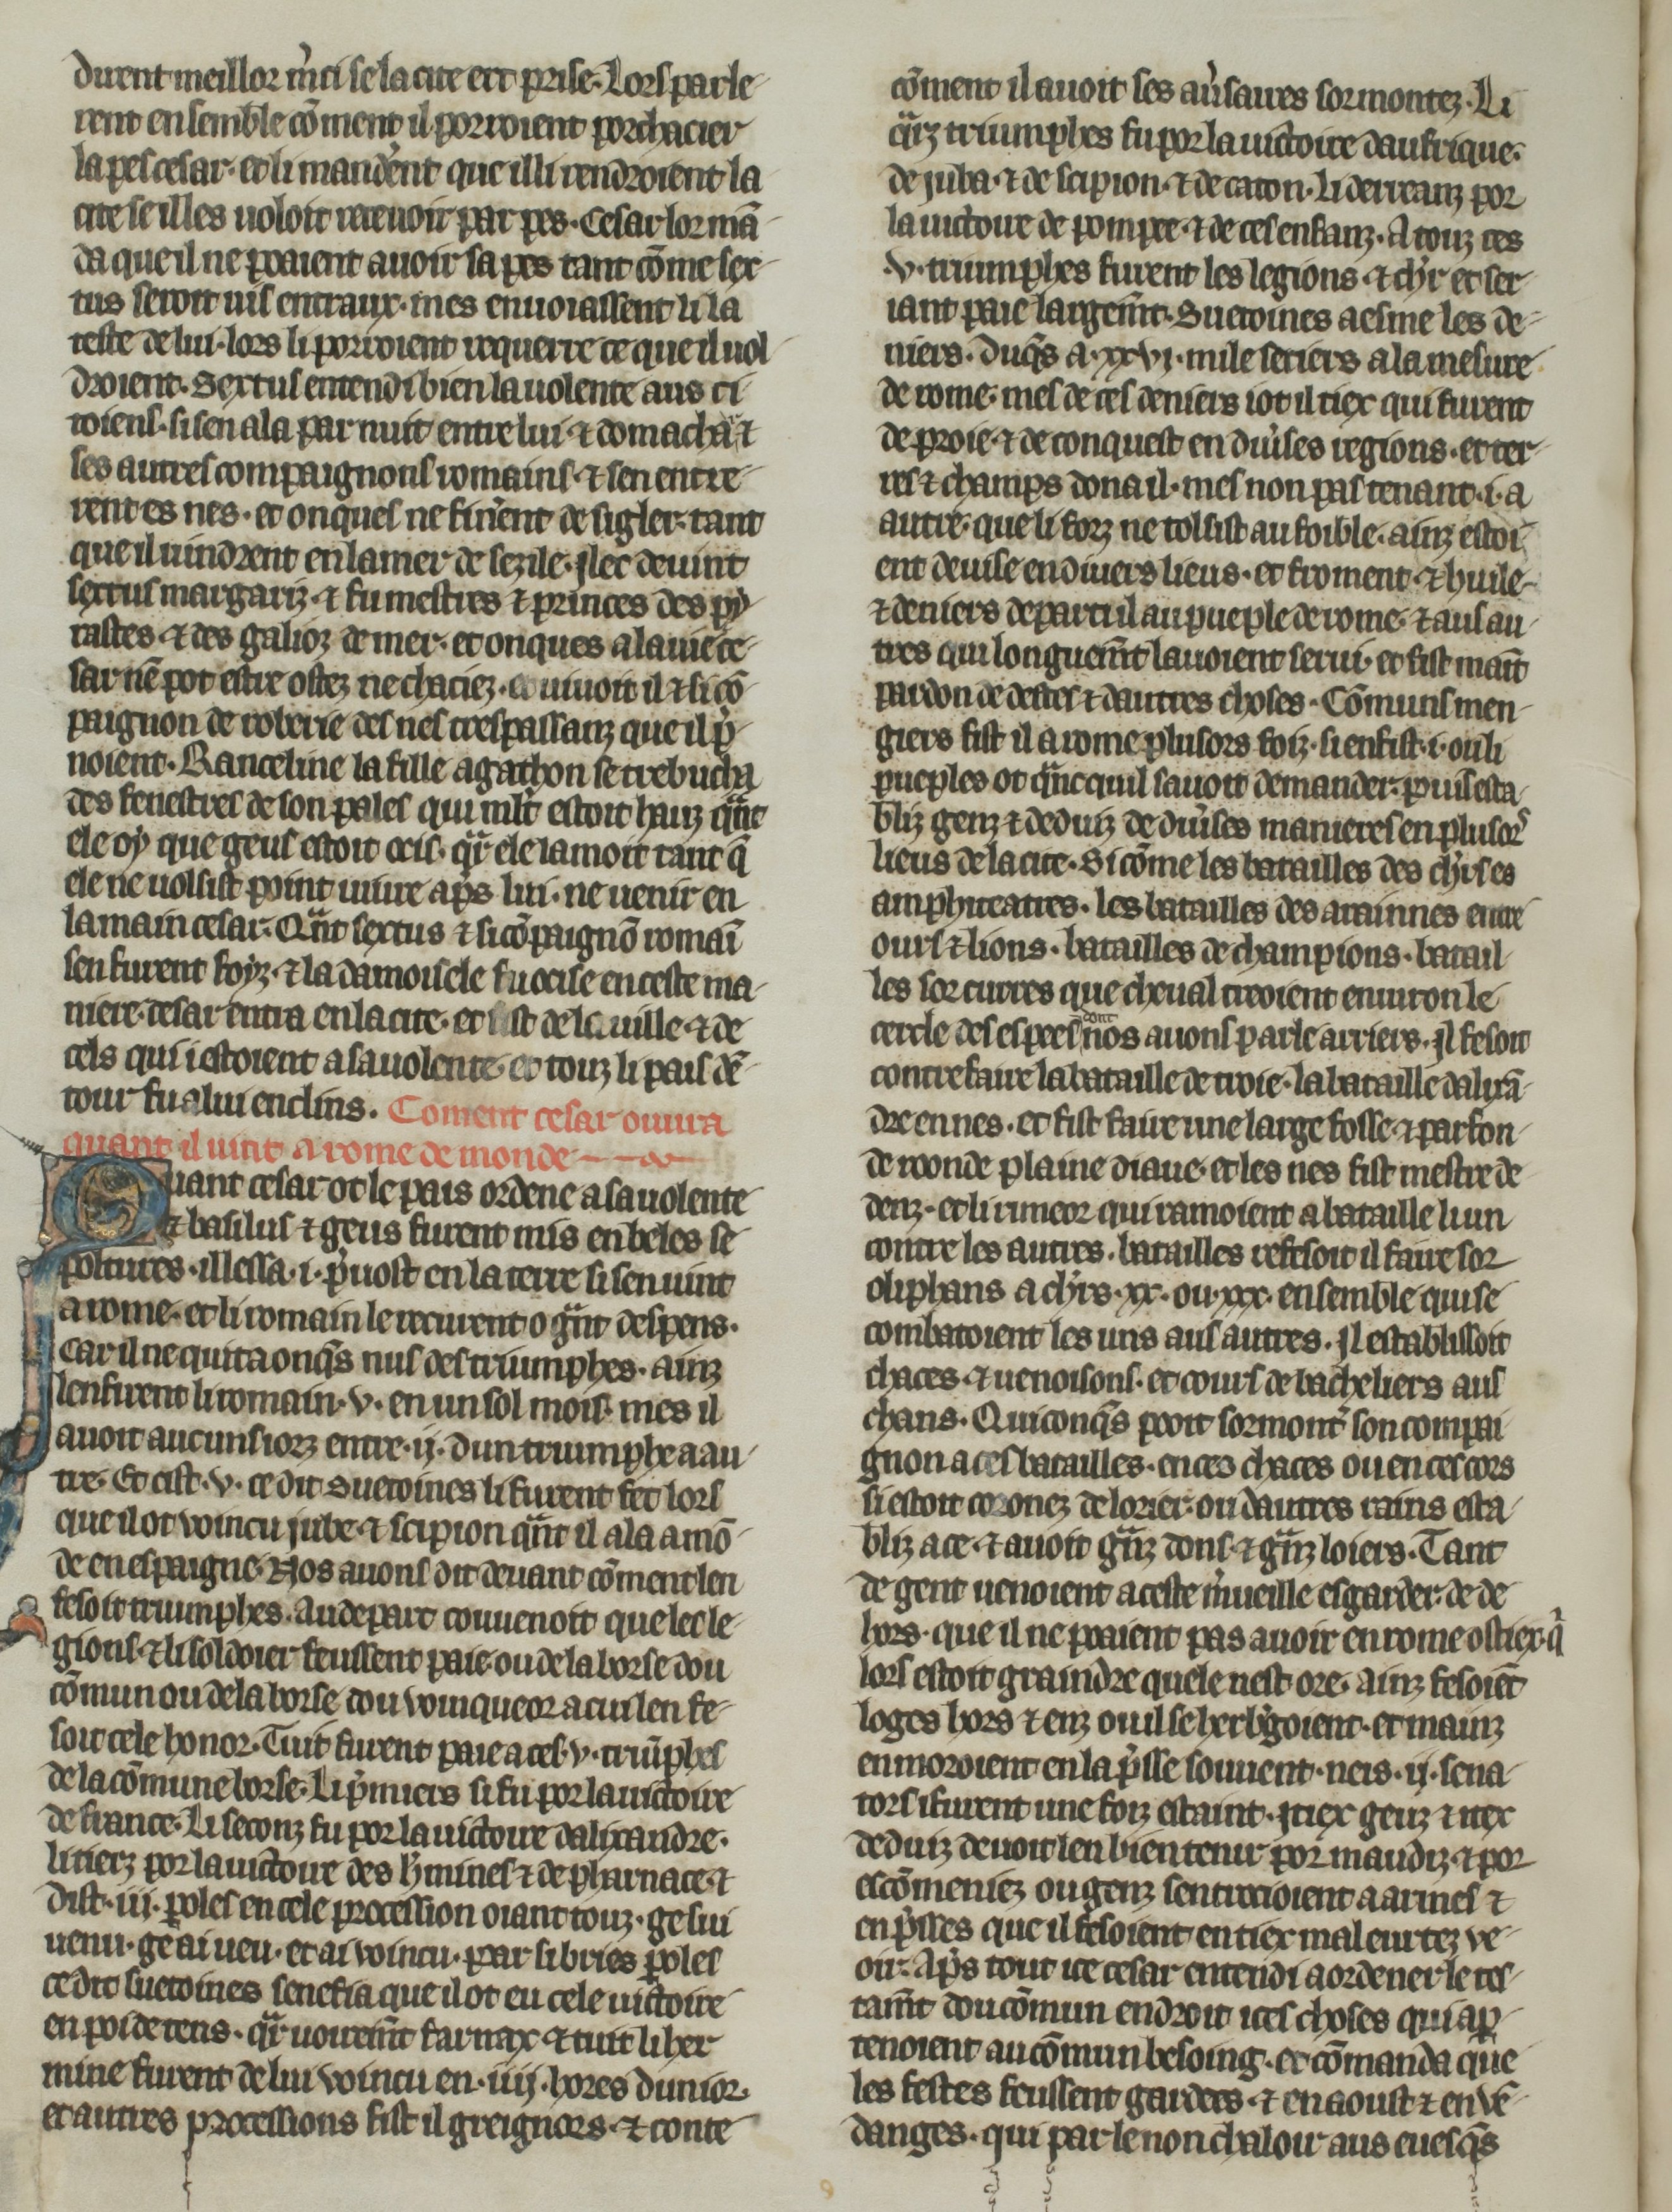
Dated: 1270–1299